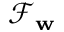
\mathcal { F } _ { \mathbf { w } }